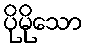
ပိုမိုသော